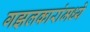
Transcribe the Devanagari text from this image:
गझलकारांमध्ये